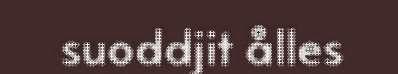
suoddjit ålles